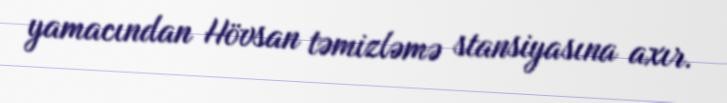
yamacından Hövsan təmizləmə stansiyasına axır.